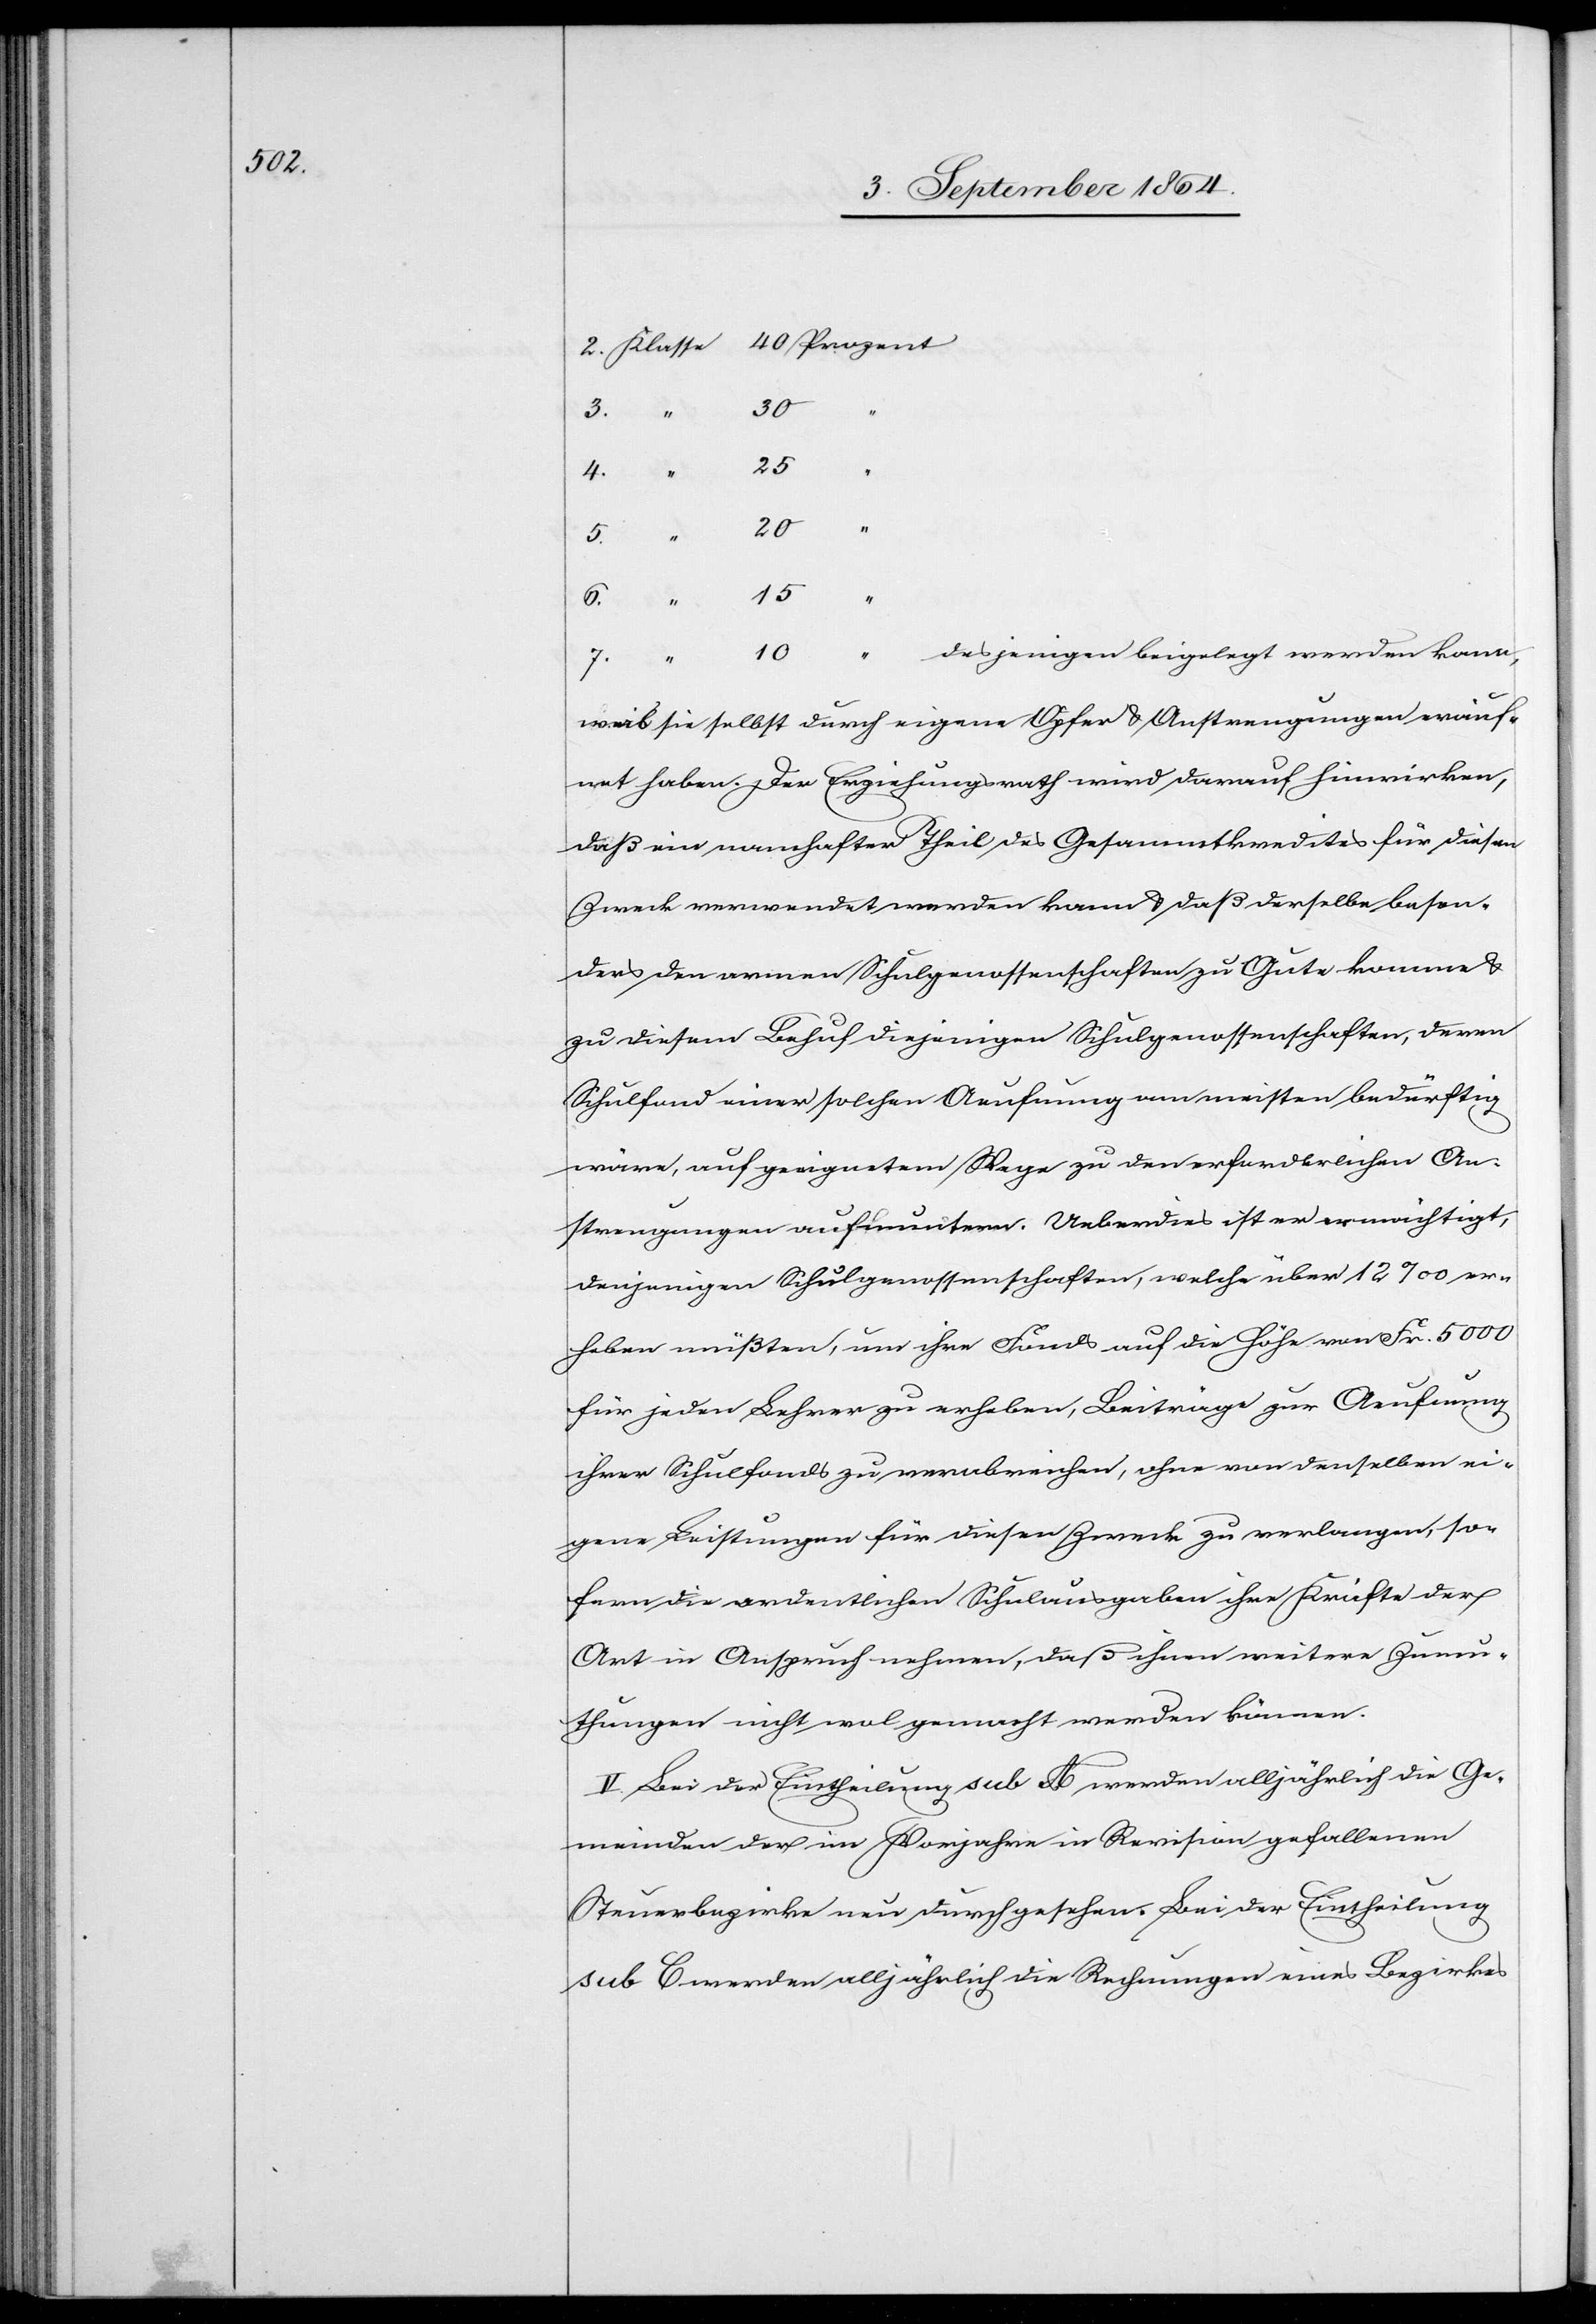
30
25
4.
7.
“
20
10
desjenigen beigelegt werden kann,
eräuffne¬
t haben. Der Erziehungsrath wird darauf hinwirken,
daß ein namhafter Theil des Gesammtkredites für diesen
Zweck verwendet werden kann & daß derselbe beson¬
ders den armen Schulgenossenschaften zu Gute komme &
zu diesem Behuf diejenigen Schulgenossenschaften, deren
Schulfond einer solchen Aeufnung am meisten bedürftig
wäre, auf geeignetem Wege zu den erforderlichen An¬
strengungen aufmuntern. Ueberdies ist er ermächtigt,
denjenigen Schulgenossenschaften, welche über 12‰ er¬
heben müßten, um ihre Fonds auf die Höhe von Fr. 5 000
für jeden Lehrer zu erheben, Beiträge zur Aeufnung
ihrer Schulfonds zu verabreichen, ohne von denselben ei¬
gene Leistungen für diesen Zweck zu verlangen, so¬
fern die ordentlichen Schulausgaben ihre Kräfte der
Art in Anspruch nehmen, daß ihnen weitere Zumu¬
thungen nicht wol gemacht werden können.
V. Bei der Eintheilung sub A werden alljährlich die Ge¬
meinden der im Vorjahre in Revision gefallenen
Steuerbezirke neu durchgesehen. Bei der Eintheilung
sub E werden alljährlich die Rechnungen eines Bezirkes